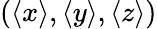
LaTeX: (\langle x\rangle,\langle y\rangle,\langle z\rangle)